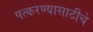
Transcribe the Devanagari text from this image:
पत्करण्यासाठीचे